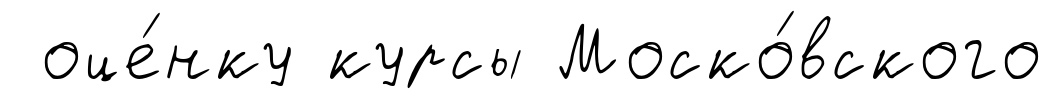
оце́нку курсы Моско́вского